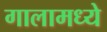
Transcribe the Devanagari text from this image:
गालामध्ये